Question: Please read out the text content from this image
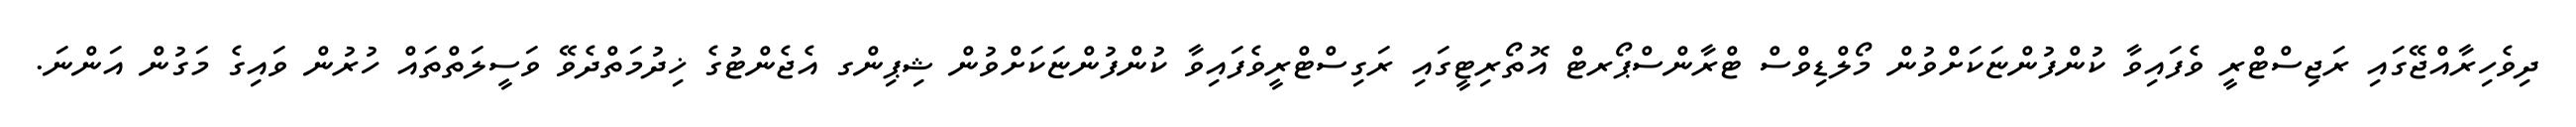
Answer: ދިވެހިރާއްޖޭގައި ރަޖިސްޓްރީ ވެފައިވާ ކުންފުންޏަކަށްވުން މޯލްޑިވްސް ޓްރާންސްޕޯރޓް އޮތޯރިޓީގައި ރަގިސްޓްރީވެފައިވާ ކުންފުންޏަކަށްވުން ޝިޕިންގ އެޖެންޓުގެ ޚިދުމަތްދެވޭ ވަސީލަތްތައް ހުރުން ވައިގެ މަގުން އަންނަ.